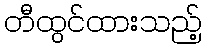
တီထွင်ထားသည့်